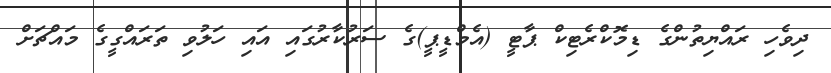
ދިވެހި ރައްޔިތުންގެ ޑިމޮކްރެޓިކް ޕާޓީ (އެމްޑީޕީ)ގެ ސަރުކާރުގައި އައި ހަލުވި ތަރައްގީގެ މައްޗަށް